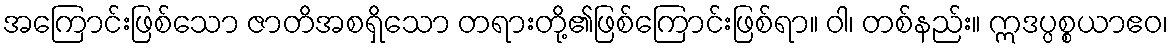
အကြောင်းဖြစ်သော ဇာတိအစရှိသော တရားတို့၏ဖြစ်ကြောင်းဖြစ်ရာ။ ဝါ၊ တစ်နည်း။ ဣဒပ္ပစ္စယာဧဝ၊